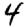
Digit: 4